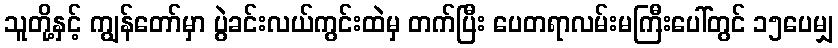
သူတို့နှင့် ကျွန်တော်မှာ ပွဲခင်းလယ်ကွင်းထဲမှ တက်ပြီး ပေတရာလမ်းမကြီးပေါ်တွင် ၁၅ပေမျှ